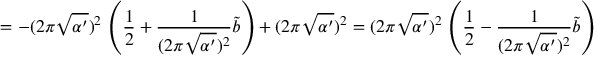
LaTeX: = - ( 2 \pi \sqrt { \alpha ^ { \prime } } ) ^ { 2 } \, \left( \frac { 1 } { 2 } + \frac { 1 } { ( 2 \pi \sqrt { \alpha ^ { \prime } } ) ^ { 2 } } \tilde { b } \right) + ( 2 \pi \sqrt { \alpha ^ { \prime } } ) ^ { 2 } = ( 2 \pi \sqrt { \alpha ^ { \prime } } ) ^ { 2 } \, \left( \frac { 1 } { 2 } - \frac { 1 } { ( 2 \pi \sqrt { \alpha ^ { \prime } } ) ^ { 2 } } \tilde { b } \right)